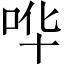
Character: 哗